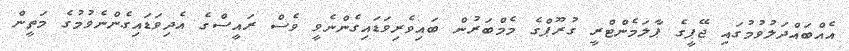
އެއްބައްދަލުވުމުގައި ޖޭޕީގެ ޕާލަމެންޓްރީ ގުރޫޕްގެ މެމްބަރުން ބައިވެރިވަޑައިގެންނެވީ ވެސް ރައީސްގެ އެދިވަޑައިގެންނެވުމުގެ މަތީން